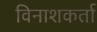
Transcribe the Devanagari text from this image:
विनाशकर्ता